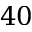
4 0